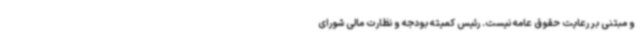
و مبتنی بر رعایت حقوق عامه نیست. رئیس کمیته بودجه و نظارت مالی شورای